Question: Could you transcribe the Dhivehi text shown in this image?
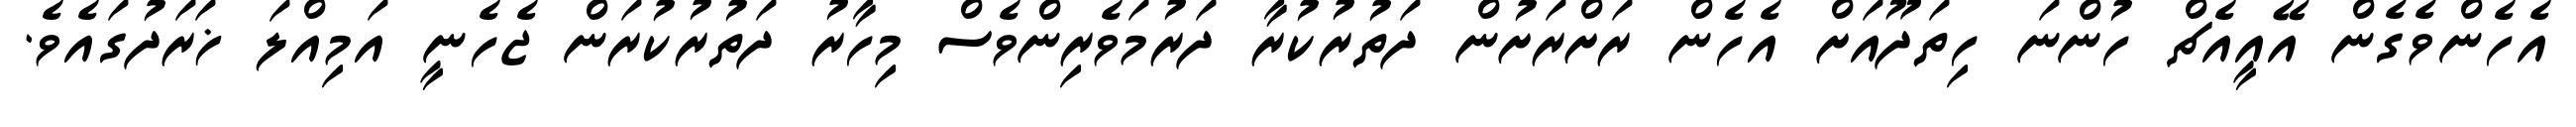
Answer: އެހެންވެގެން އޭއީއެޗް ހުންނަ ހިތަދޫއަށް އެހެން ރަށްރަށުން ދަތުރުކުރާ ދަރުމަވެރިންވެސް މިހާރު ދަތުރުކުރަން ޖެހެނީ އަމިއްލަ ޚަރަދުގައެވެ.